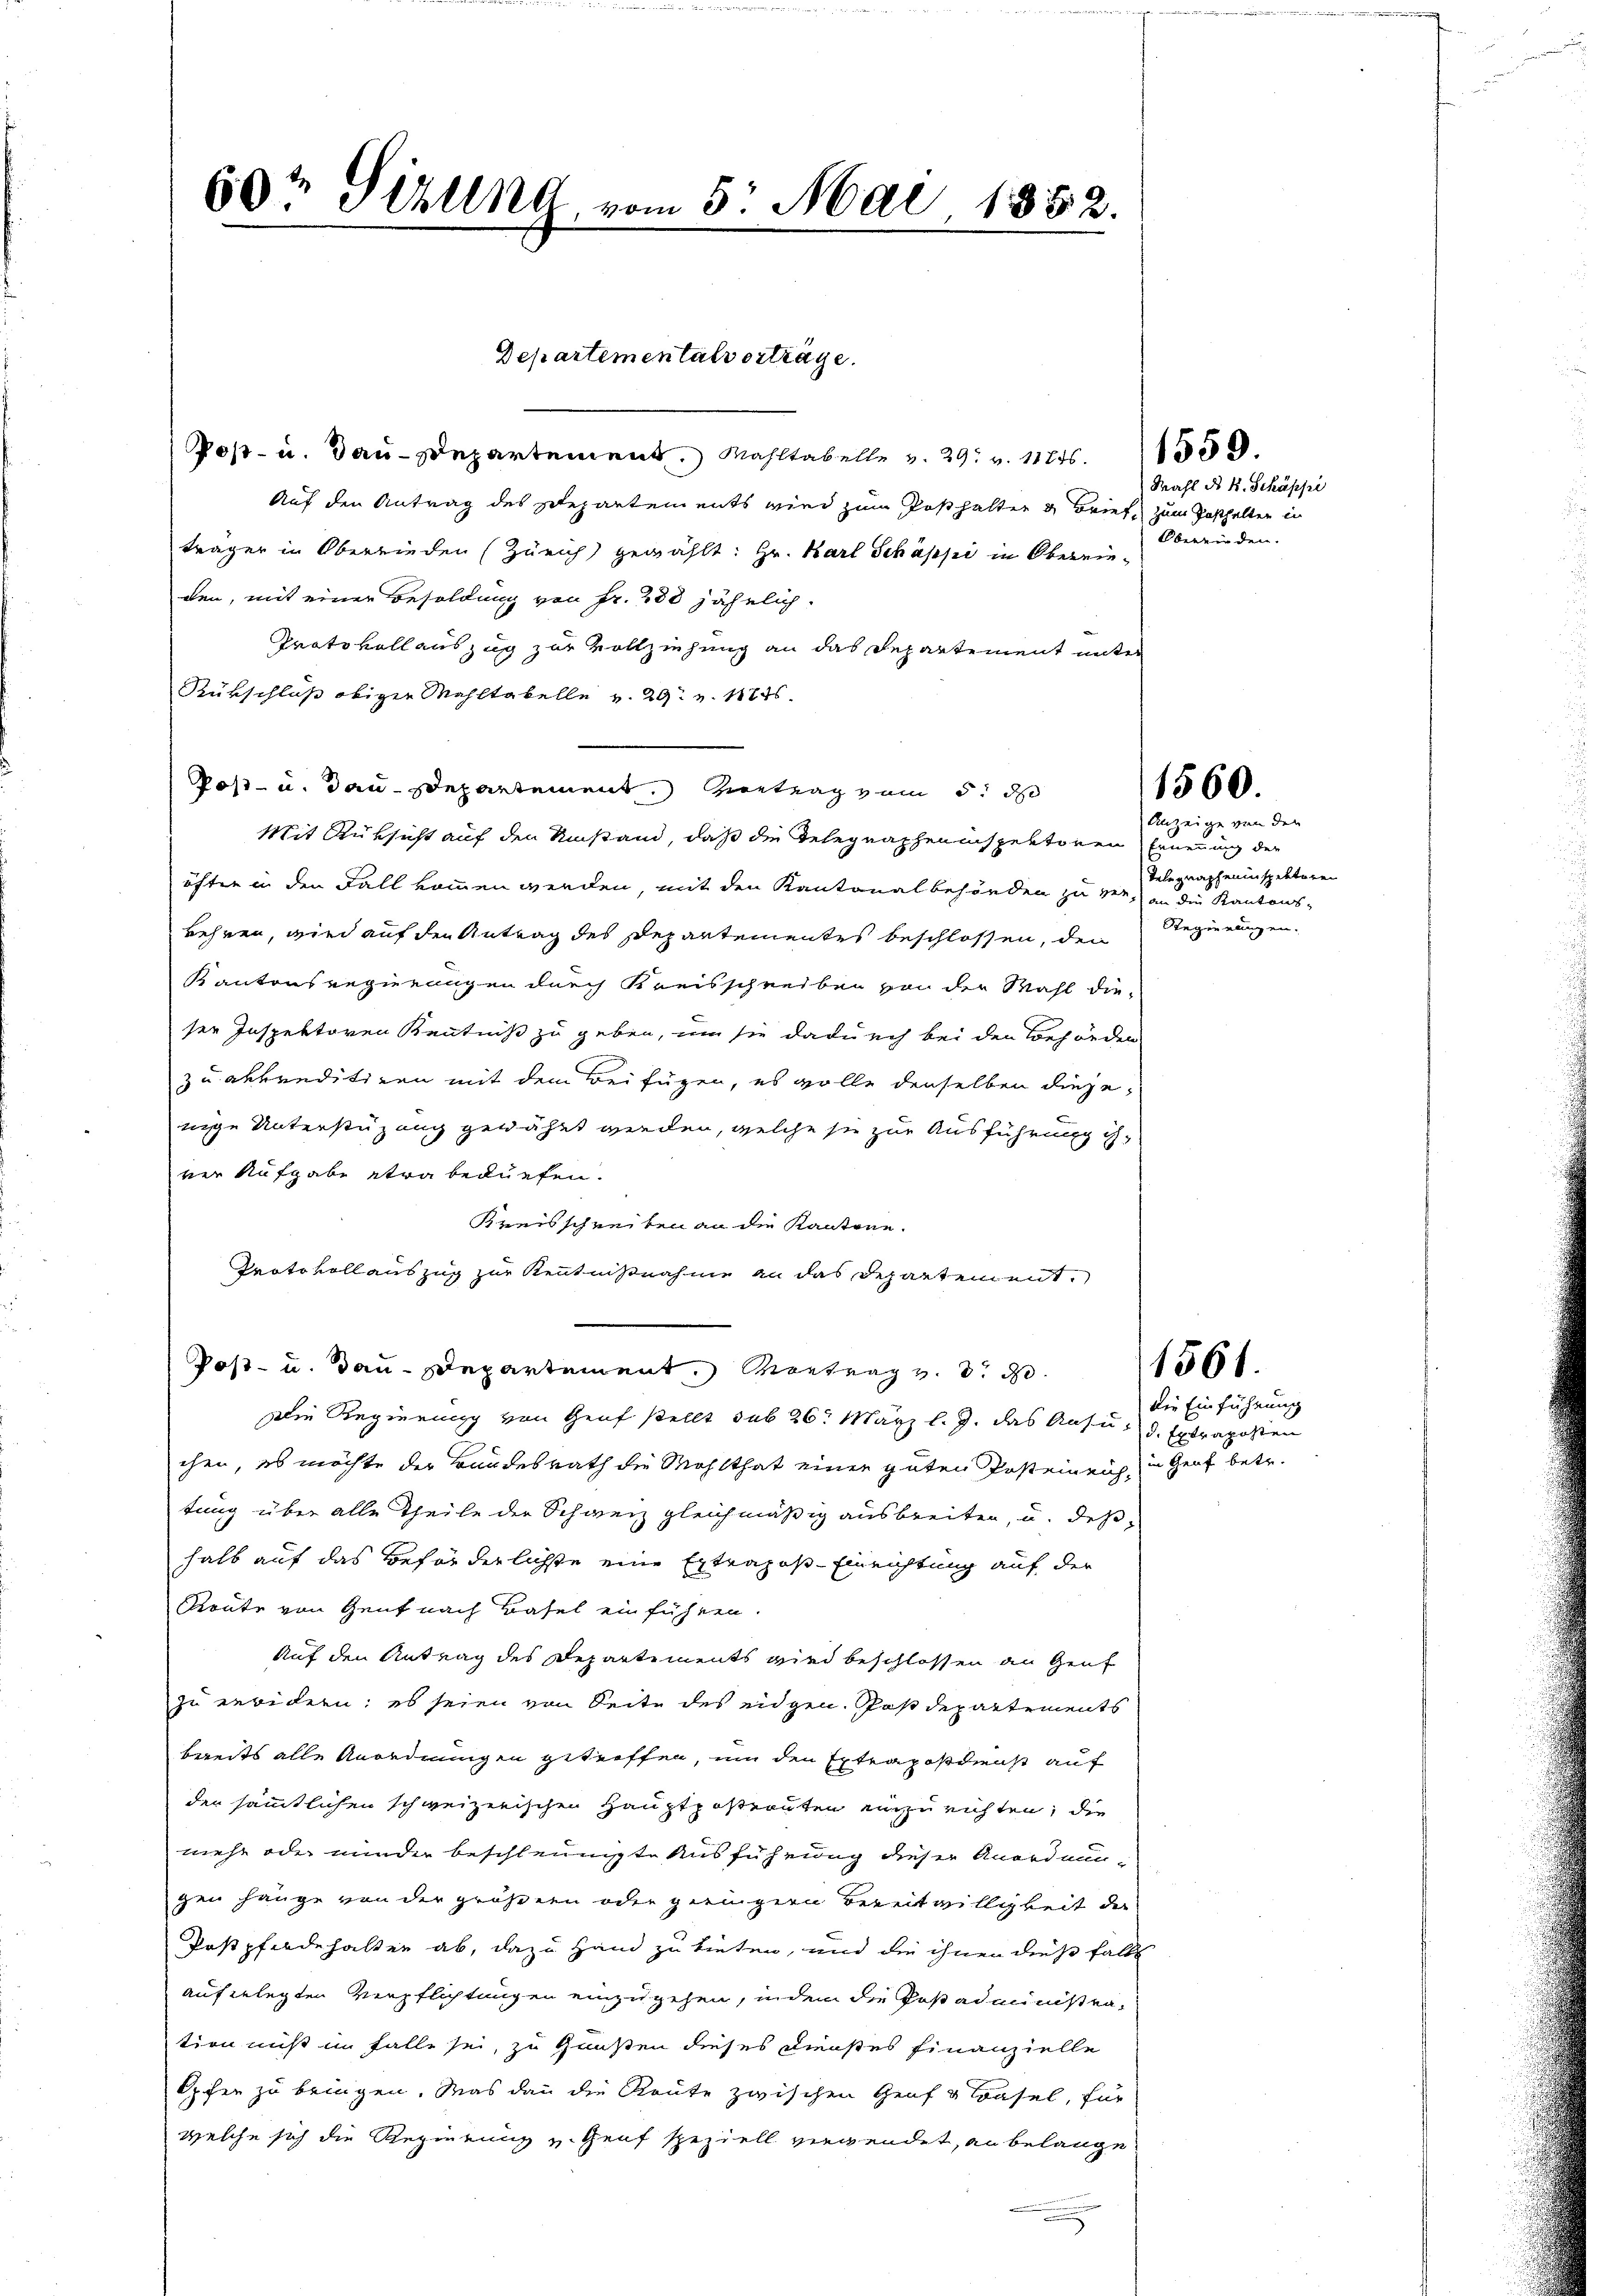
Post- u. Bau-Departement. Wahltabelle v. 29. v. 11256. 159.
Auf den Antrag des Departements wird zum Posthalter u Brief zum Posthalten in
träger in Oberrieden (Zürich gewählt: Hr. Karl Schäppi in Obereinden, mit einer Besoldung von Fr. 280 jährlich.
Protokoll auszug zur Vollziehung an das Departement unter
Rükschluß obiger Mahltabelle v. 29. v. 1776.
Post- u. dan-Departement. Vortrag vom 5. d
Mit Rüksicht auf den Umstand, daß die Telegrapheninspektoren Ernennung der
öfter in den Fall kommen werden, mit den Kantonalbehörden zu ver- an die Kantons-
kehren, wird auf den Antrag des Departementes beschlossen, den
Kantonsregierungen durch Kreisschreiben von der Mahl die-
ser Inspektoren Kenntniß zu geben, um sie dadurch bei den Behörden
z u. akkreditiren mit dem Beifügen, es wolle derselben diejenige Unterstüzung gewährt werden, welche sie zur Ausführung ihner Aufgabe etwa bedürfen.
Kreisschreiben an die Kantone.
Protokollauszug zur Kenntnisnahme an das Departement.
Post- u. Bau-Departement. Vortrag v. d. d.
Die Regierung von Genf stellt sub 26. März l. J. das Ansus d. Extraposten
chen, es möchte der Bundesrath die Wohlthat einer guten Posteinrich, in Genf betr.
tung über alle Theile der Schweiz gleichmäßig ausbreiten, u. daß
halb auf das Beförderlichste eine Ertrages-Einrichtung auf der
Koute von Gent nach Basel einführen.
Auf den Antrag des Departiments wird beschlossen an Genf
zu erwidern: es seien von Seite des eidgen. Postdepartements
bereits alle Anordnungen getreffen, um den Extrapostdienst auf
der sämmtlichen schweizerischen Hauptposternten einzurichten, die
mehr oder minder beschleunigte Ausführung dieser Anordnungen hänge von der größern oder geringern Bereitwilligkeit der
Postpfindehalten ab, dazu Hand zu bieten, und die ihnen dießfalls
aufgelegten Verpflichtungen einzugehen, indem die Postadministration nicht in falle sei, zu Gunsten dieses Dienstes Finanzielle
Opfer zu bringen. Was dann die Route zwischen Genf u Basel, für
welche sich die Regierung u. Genf speziell verwendet, an belange.

60te Sihlend, vom 5. Mai 1852.

Departementalverträge.

Wahl No 4. Schäppi
Oberwieden.

1560.

Anzeige von der
Telegrapheninspektoren
Regierungen.

1561.

die Einführung